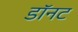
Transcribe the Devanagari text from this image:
डॉनट